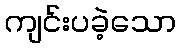
ကျင်းပခဲ့သော